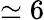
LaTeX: \simeq 6